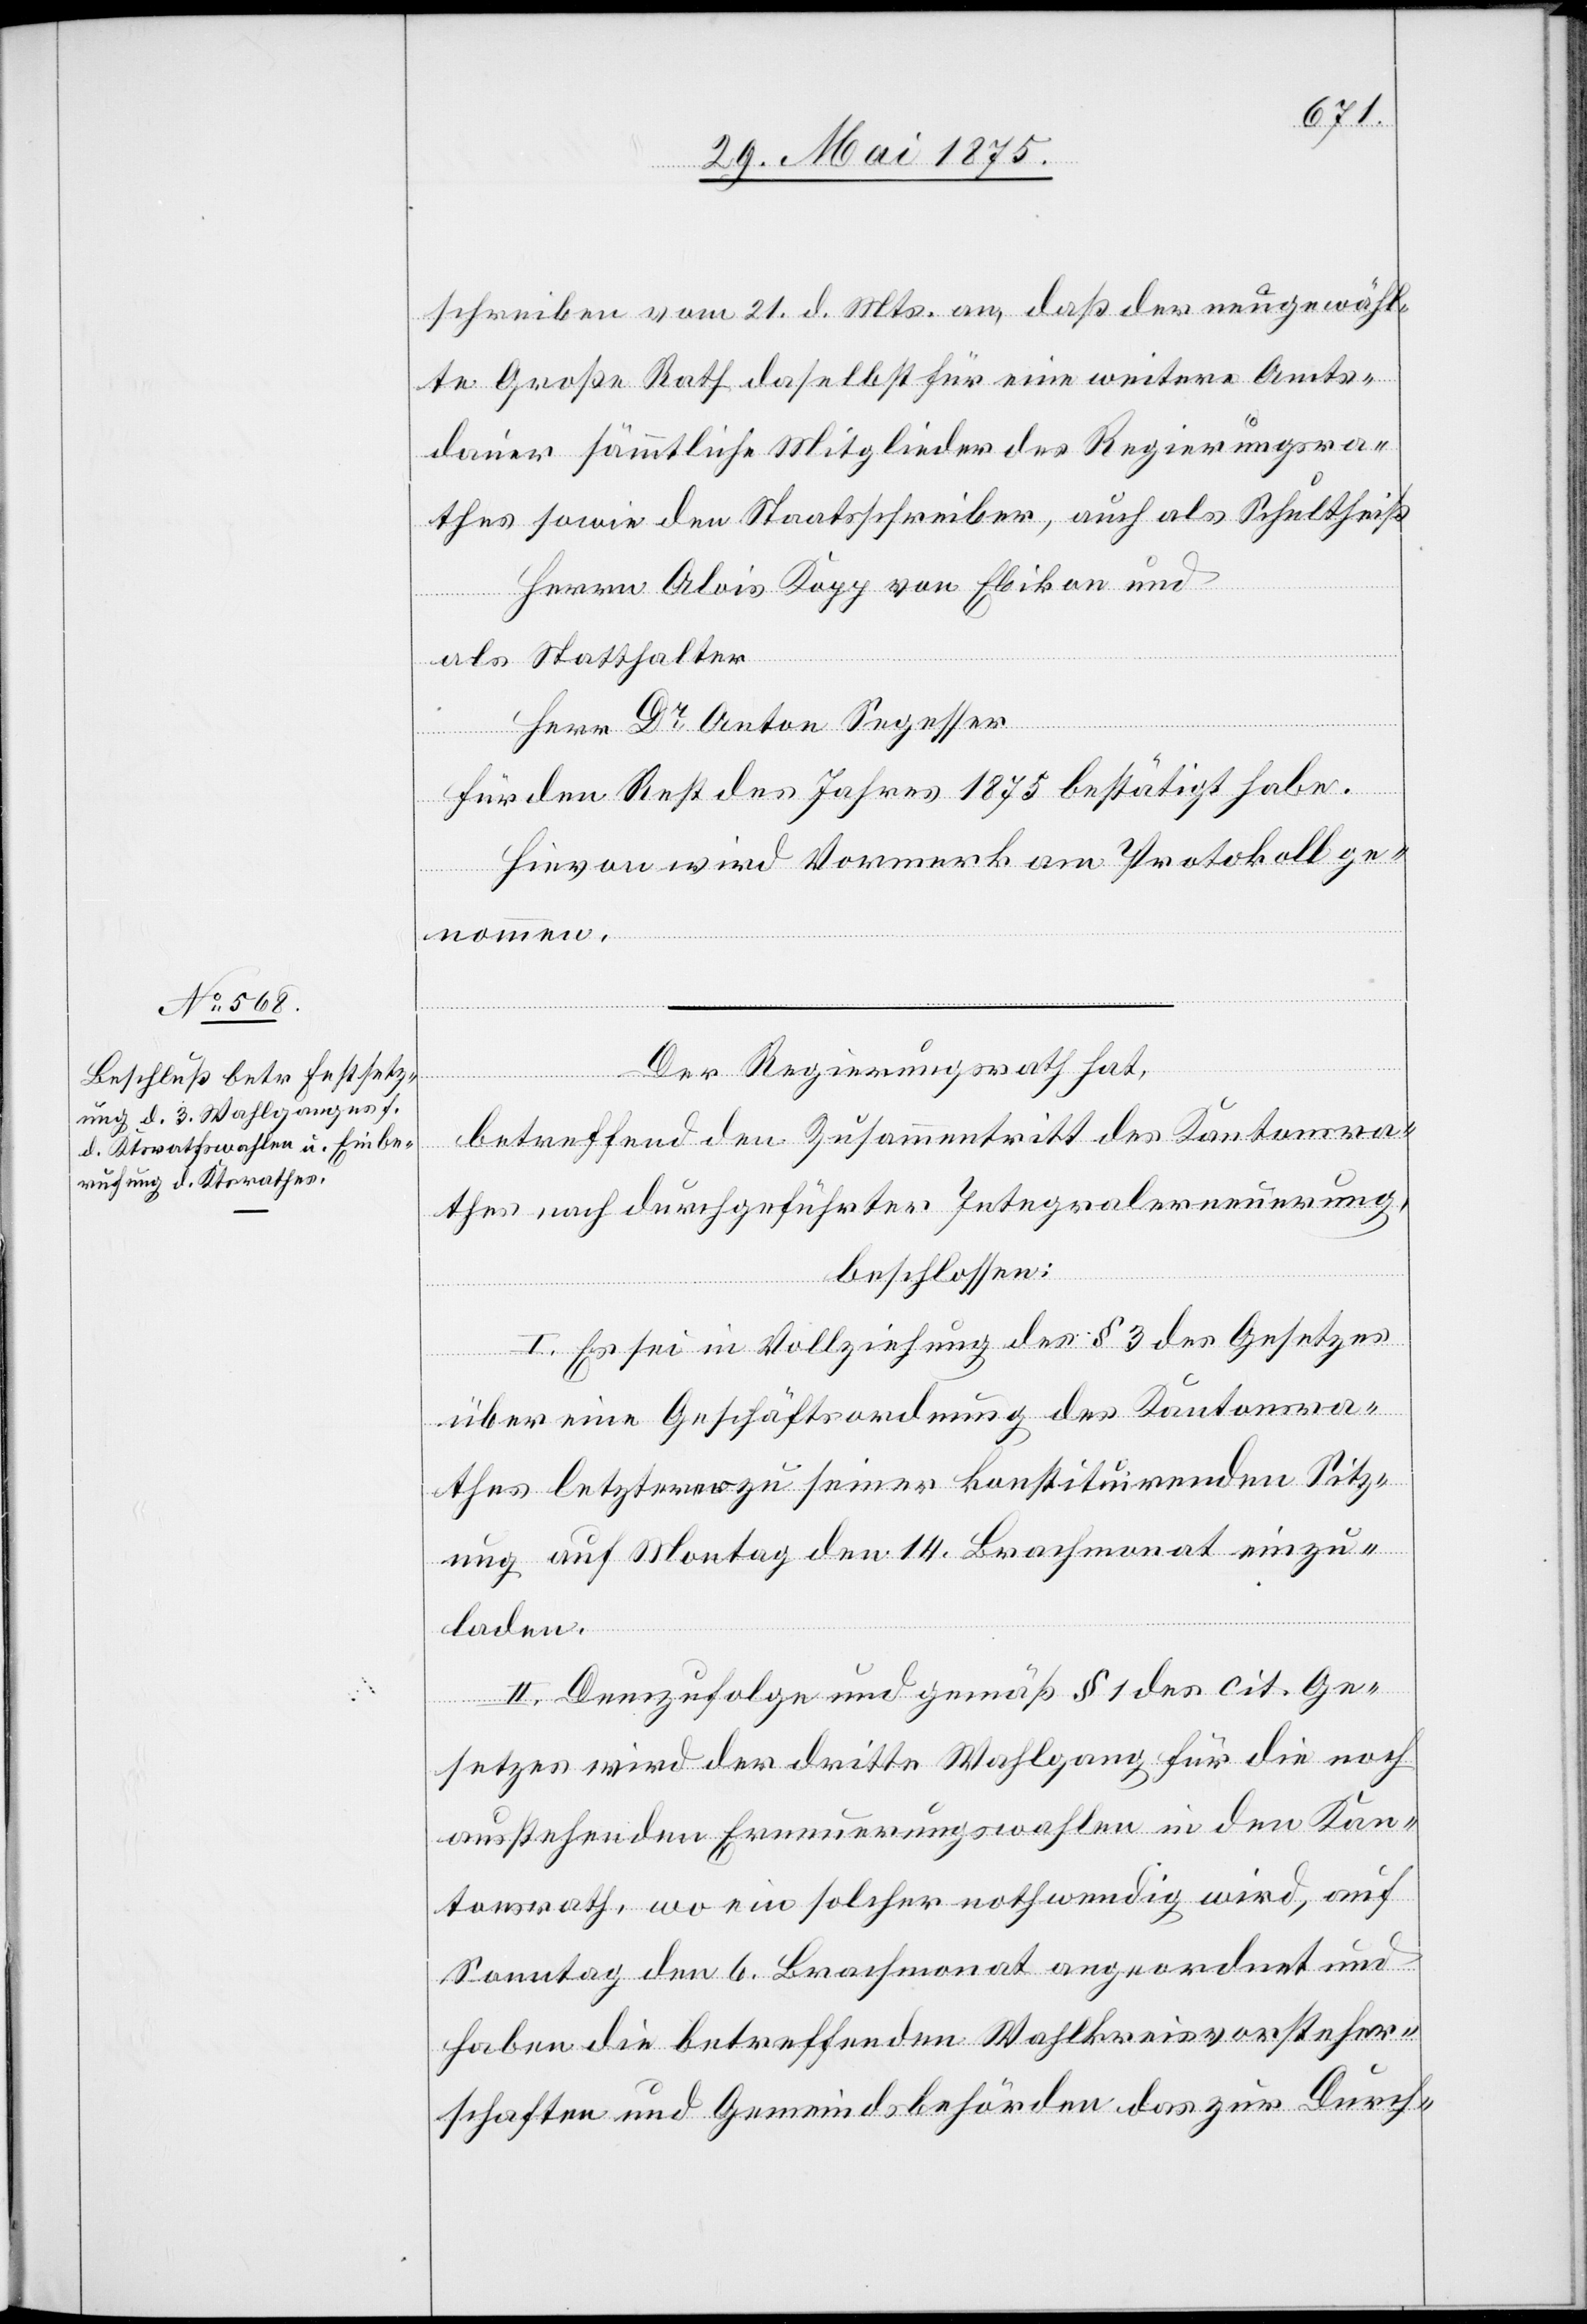
schreiben vom 21. d. Mts. an, daß der neugewähl¬
te Große Rath daselbst für eine weitere Amts¬
dauer sämmtliche Mitglieder des Regierungsra¬
Herrn Alois Kopp von Ebikon und
den
als Statthalter
Herr Dr Anton Segesser
für den Rest des Jahres 1875 bestätigt habe.
Hievon wird Vormerk am Protokoll ge¬
nommen.
Der Regierungsrath hat,
Schultheiß
betreffend den Zusammentritt des Kantonsra¬
thes nach durchgeführter Integralerneuerung,
beschlossen:
I. Es sei Vollziehung des § 3 des Gesetzes
über eine Geschäftsordnung des Kantonsra¬
thes letzterer zu seiner konstituirenden Sitz¬
ung auf Montag den 14. Brachmonat einzu¬
laden.
II. Demzufolge und gemäß § 1 des cit. Ge¬
setzes wird der dritte Wahlgang für die die noch
ausstehenden Erneuerungswahlen in den Kan¬
tonsrath, wo ein solcher nothwendig wird, auf
Sonntag den 6. Bachmonat angeordnet und
haben die betreffenden Wahlkreisvorsteher¬
schaften und Gemeindsbehörden das zur Durch-